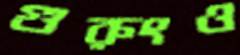
গুরুংও